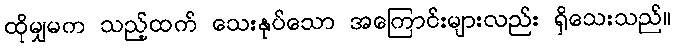
ထိုမျှမက သည့်ထက် သေးနုပ်သော အကြောင်းများလည်း ရှိသေးသည်။